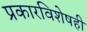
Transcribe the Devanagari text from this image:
प्रकारविशेषही